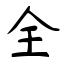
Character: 全